画像に写った文字を読んでください
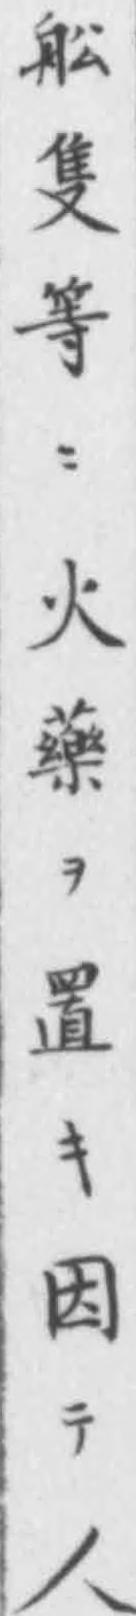
「舩隻等ニ火藥ヲ置キ因テ人」と書いてあります